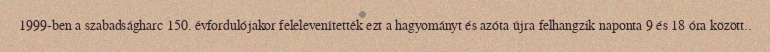
1999-ben a szabadságharc 150. évfordulójakor felelevenítették ezt a hagyományt és azóta újra felhangzik naponta 9 és 18 óra között..